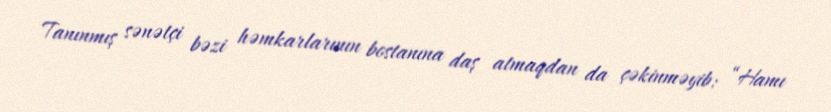
Tanınmış sənətçi bəzi həmkarlarının bostanına daş atmaqdan da çəkinməyib: “Hamı